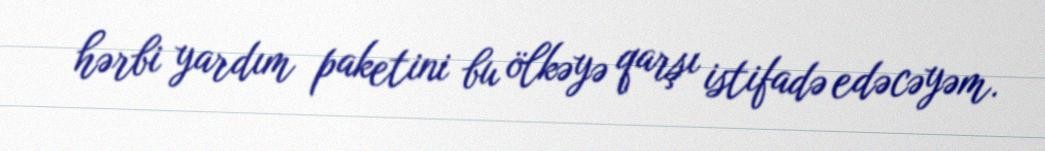
hərbi yardım paketini bu ölkəyə qarşı istifadə edəcəyəm.